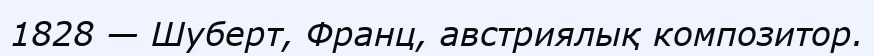
1828 — Шуберт, Франц, австриялық композитор.